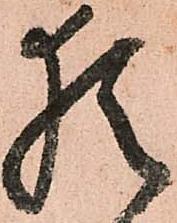
猶